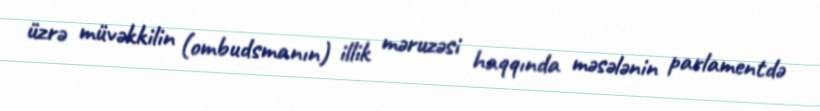
üzrə müvəkkilin (ombudsmanın) illik məruzəsi haqqında məsələnin parlamentdə